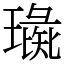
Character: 璏